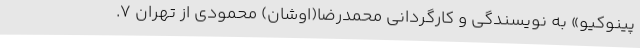
پینوکیو» به نویسندگی و کارگردانی محمدرضا(اوشان) محمودی از تهران 7.